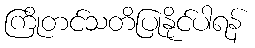
ကြိုတင်သတိပြုနိုင်ပါရန်